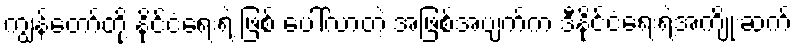
ကျွန်တော်တို့ နိုင်ငံရေးရဲ့ ဖြစ် ပေါ်လာတဲ့ အဖြစ်အပျက်က ဒီနိုင်ငံရေးရဲ့အကျိုးဆက်